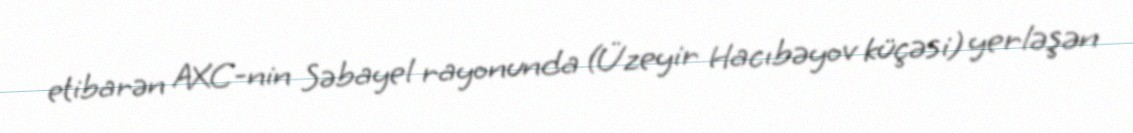
etibarən AXC-nin Səbayel rayonunda (Üzeyir Hacıbəyov küçəsi) yerləşən